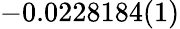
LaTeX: -0.0228184(1)